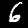
Label: 6